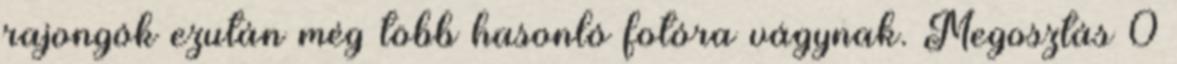
rajongók ezután még több hasonló fotóra vágynak. Megosztás 0